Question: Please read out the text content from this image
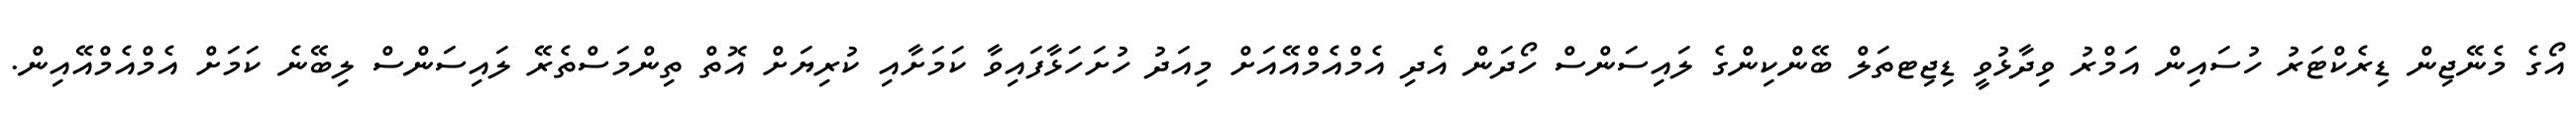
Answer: އޯގެ މެނޭޖިން ޑިރެކްޓަރު ހުސައިން އަމްރު ވިދާޅުވީ ޑިޖިޓތަލް ބޭންކިންގެ ލައިސަންސް ހޯދަން އެދި އެމްއެމްއޭއަށް މިއަދު ހުށަހަޅާފައިވާ ކަމަށާއި ކުރިޔަށް އޮތް ތިންމަސްތެރޭ ލައިސަންސް ލިބޭނެ ކަމަށް އެމްއެމްއޭއިން.